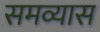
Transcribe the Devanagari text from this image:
समव्यास